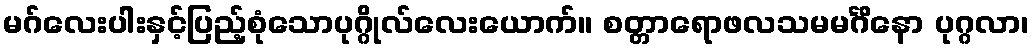
မဂ်လေးပါးနှင့်ပြည့်စုံသောပုဂ္ဂိုလ်လေးယောက်။ စတ္တာရောဖလသမမင်္ဂိနော ပုဂ္ဂလာ၊